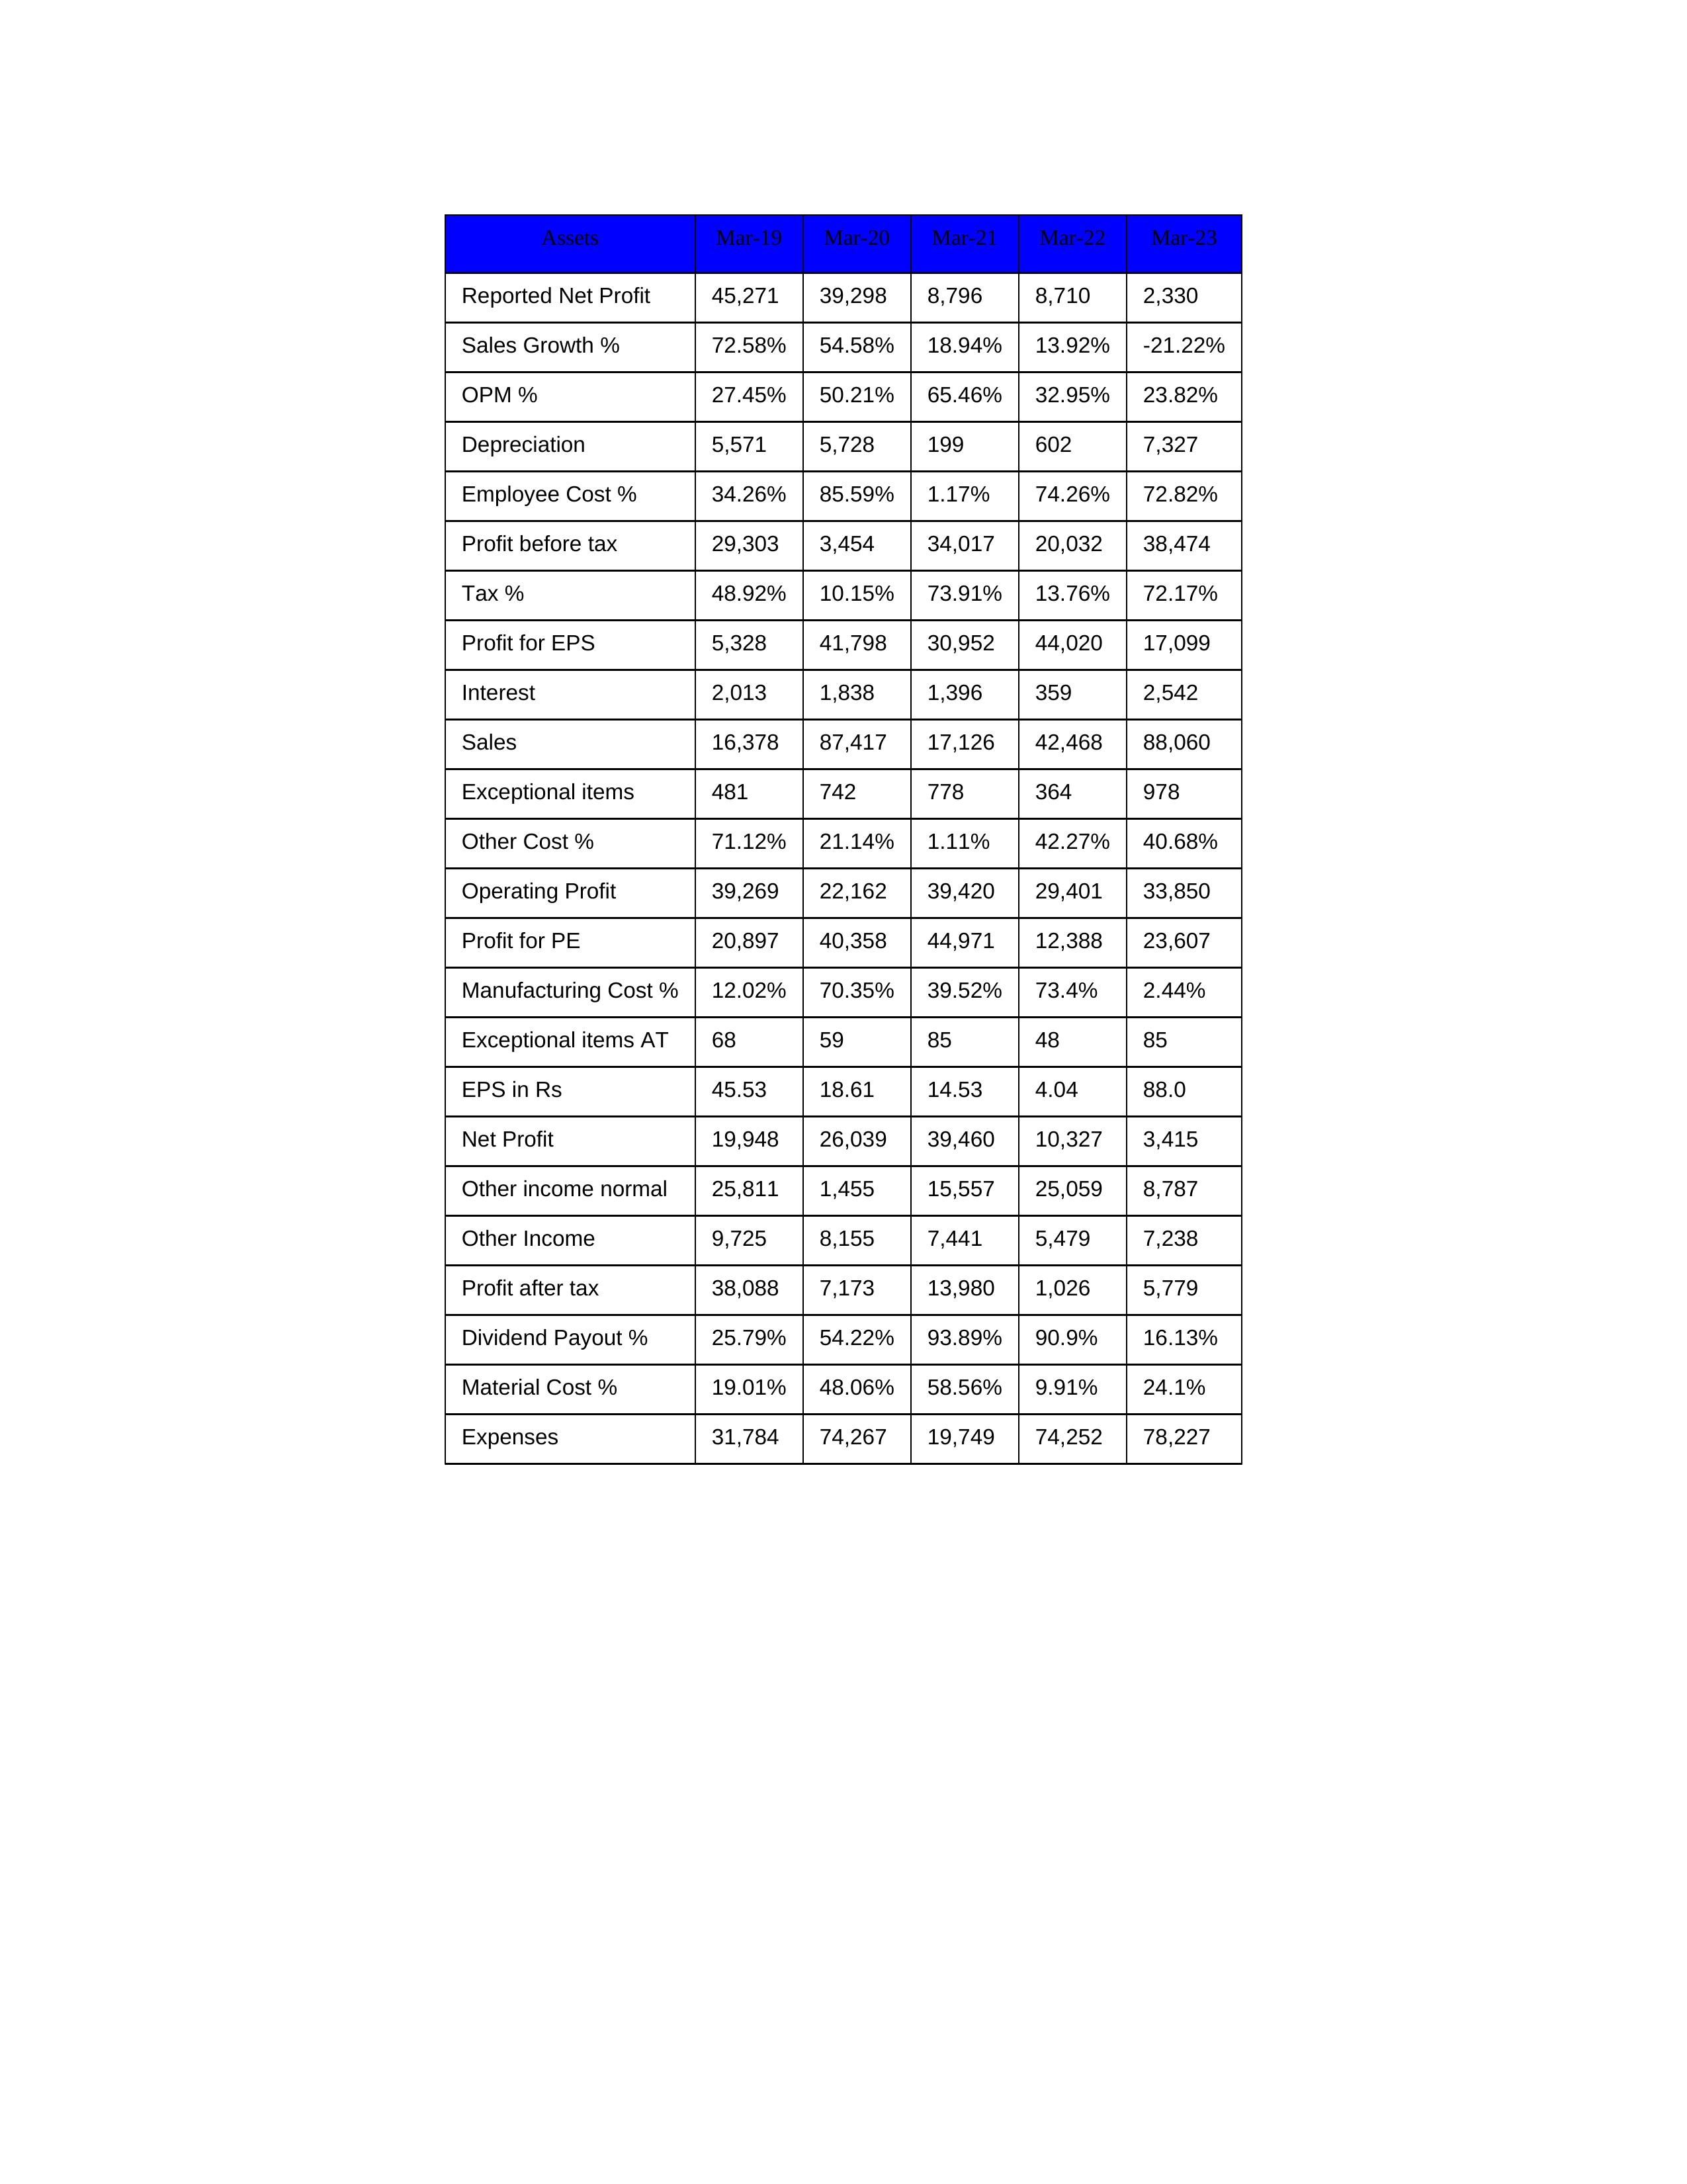
gt_parse: Mar-19: Sales: 16,378
Sales Growth %: 72.58%
Expenses: 31,784
Material Cost %: 19.01%
Manufacturing Cost %: 12.02%
Employee Cost %: 34.26%
Other Cost %: 71.12%
Operating Profit: 39,269
OPM %: 27.45%
Other Income: 9,725
Exceptional items: 481
Other income normal: 25,811
Interest: 2,013
Depreciation: 5,571
Profit before tax: 29,303
Tax %: 48.92%
Net Profit: 19,948
Profit after tax: 38,088
Reported Net Profit: 45,271
Profit for EPS: 5,328
Exceptional items AT: 68
Profit for PE: 20,897
EPS in Rs: 45.53
Dividend Payout %: 25.79%
Mar-20: Sales: 87,417
Sales Growth %: 54.58%
Expenses: 74,267
Material Cost %: 48.06%
Manufacturing Cost %: 70.35%
Employee Cost %: 85.59%
Other Cost %: 21.14%
Operating Profit: 22,162
OPM %: 50.21%
Other Income: 8,155
Exceptional items: 742
Other income normal: 1,455
Interest: 1,838
Depreciation: 5,728
Profit before tax: 3,454
Tax %: 10.15%
Net Profit: 26,039
Profit after tax: 7,173
Reported Net Profit: 39,298
Profit for EPS: 41,798
Exceptional items AT: 59
Profit for PE: 40,358
EPS in Rs: 18.61
Dividend Payout %: 54.22%
Mar-21: Sales: 17,126
Sales Growth %: 18.94%
Expenses: 19,749
Material Cost %: 58.56%
Manufacturing Cost %: 39.52%
Employee Cost %: 1.17%
Other Cost %: 1.11%
Operating Profit: 39,420
OPM %: 65.46%
Other Income: 7,441
Exceptional items: 778
Other income normal: 15,557
Interest: 1,396
Depreciation: 199
Profit before tax: 34,017
Tax %: 73.91%
Net Profit: 39,460
Profit after tax: 13,980
Reported Net Profit: 8,796
Profit for EPS: 30,952
Exceptional items AT: 85
Profit for PE: 44,971
EPS in Rs: 14.53
Dividend Payout %: 93.89%
Mar-22: Sales: 42,468
Sales Growth %: 13.92%
Expenses: 74,252
Material Cost %: 9.91%
Manufacturing Cost %: 73.4%
Employee Cost %: 74.26%
Other Cost %: 42.27%
Operating Profit: 29,401
OPM %: 32.95%
Other Income: 5,479
Exceptional items: 364
Other income normal: 25,059
Interest: 359
Depreciation: 602
Profit before tax: 20,032
Tax %: 13.76%
Net Profit: 10,327
Profit after tax: 1,026
Reported Net Profit: 8,710
Profit for EPS: 44,020
Exceptional items AT: 48
Profit for PE: 12,388
EPS in Rs: 4.04
Dividend Payout %: 90.9%
Mar-23: Sales: 88,060
Sales Growth %: -21.22%
Expenses: 78,227
Material Cost %: 24.1%
Manufacturing Cost %: 2.44%
Employee Cost %: 72.82%
Other Cost %: 40.68%
Operating Profit: 33,850
OPM %: 23.82%
Other Income: 7,238
Exceptional items: 978
Other income normal: 8,787
Interest: 2,542
Depreciation: 7,327
Profit before tax: 38,474
Tax %: 72.17%
Net Profit: 3,415
Profit after tax: 5,779
Reported Net Profit: 2,330
Profit for EPS: 17,099
Exceptional items AT: 85
Profit for PE: 23,607
EPS in Rs: 88
Dividend Payout %: 16.13%